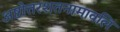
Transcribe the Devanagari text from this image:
अष्टोत्तरशतनामावलि